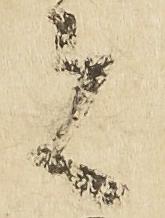
者